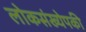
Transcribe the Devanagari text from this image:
लोकसंख्येपकी